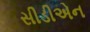
સીડીએન